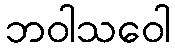
ဘဝါသဝေါ